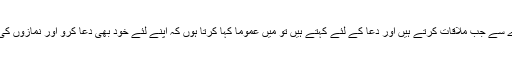
بعض لوگ میرے سے جب ملاقات کرتے ہیں اور دعا کے لئے کہتے ہیں تو میں عموماً کہا کرتا ہوں کہ اپنے لئے خود بھی دعا کرو اور نمازوں کی طرف توجہ دو۔